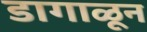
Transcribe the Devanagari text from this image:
डागाळून